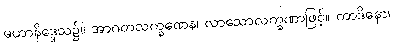
မဟာနိဒ္ဒေသ၌။ အာဂတလက္ခဏေန၊ လာသောလက္ခဏာဖြင့်။ ကာဒိနော၊